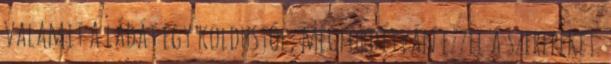
valamit a ládát egy koldustól, megfordítván ezzel a szerepeket.